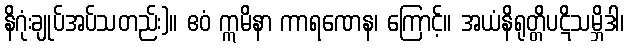
နိဂုံးချုပ်အပ်သတည်း)။ ဧဝံ ဣမိနာ ကာရဏေန၊ ကြောင့်။ အယံနိရုတ္တိပဋိသမ္ဘိဒါ၊